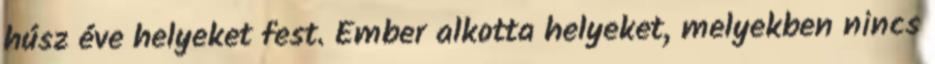
húsz éve helyeket fest. Ember alkotta helyeket, melyekben nincs